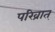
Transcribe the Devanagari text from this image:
परिव्रात्